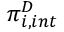
\pi _ { i , i n t } ^ { D }